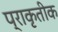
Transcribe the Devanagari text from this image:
प्राकृतीक